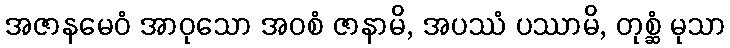
အဇာနမေဝံ အာဝုသော အဝစံ ဇာနာမိ, အပဿံ ပဿာမိ, တုစ္ဆံ မုသာ